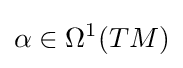
\alpha \in \Omega ^{1}(TM)